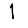
Digit: 1